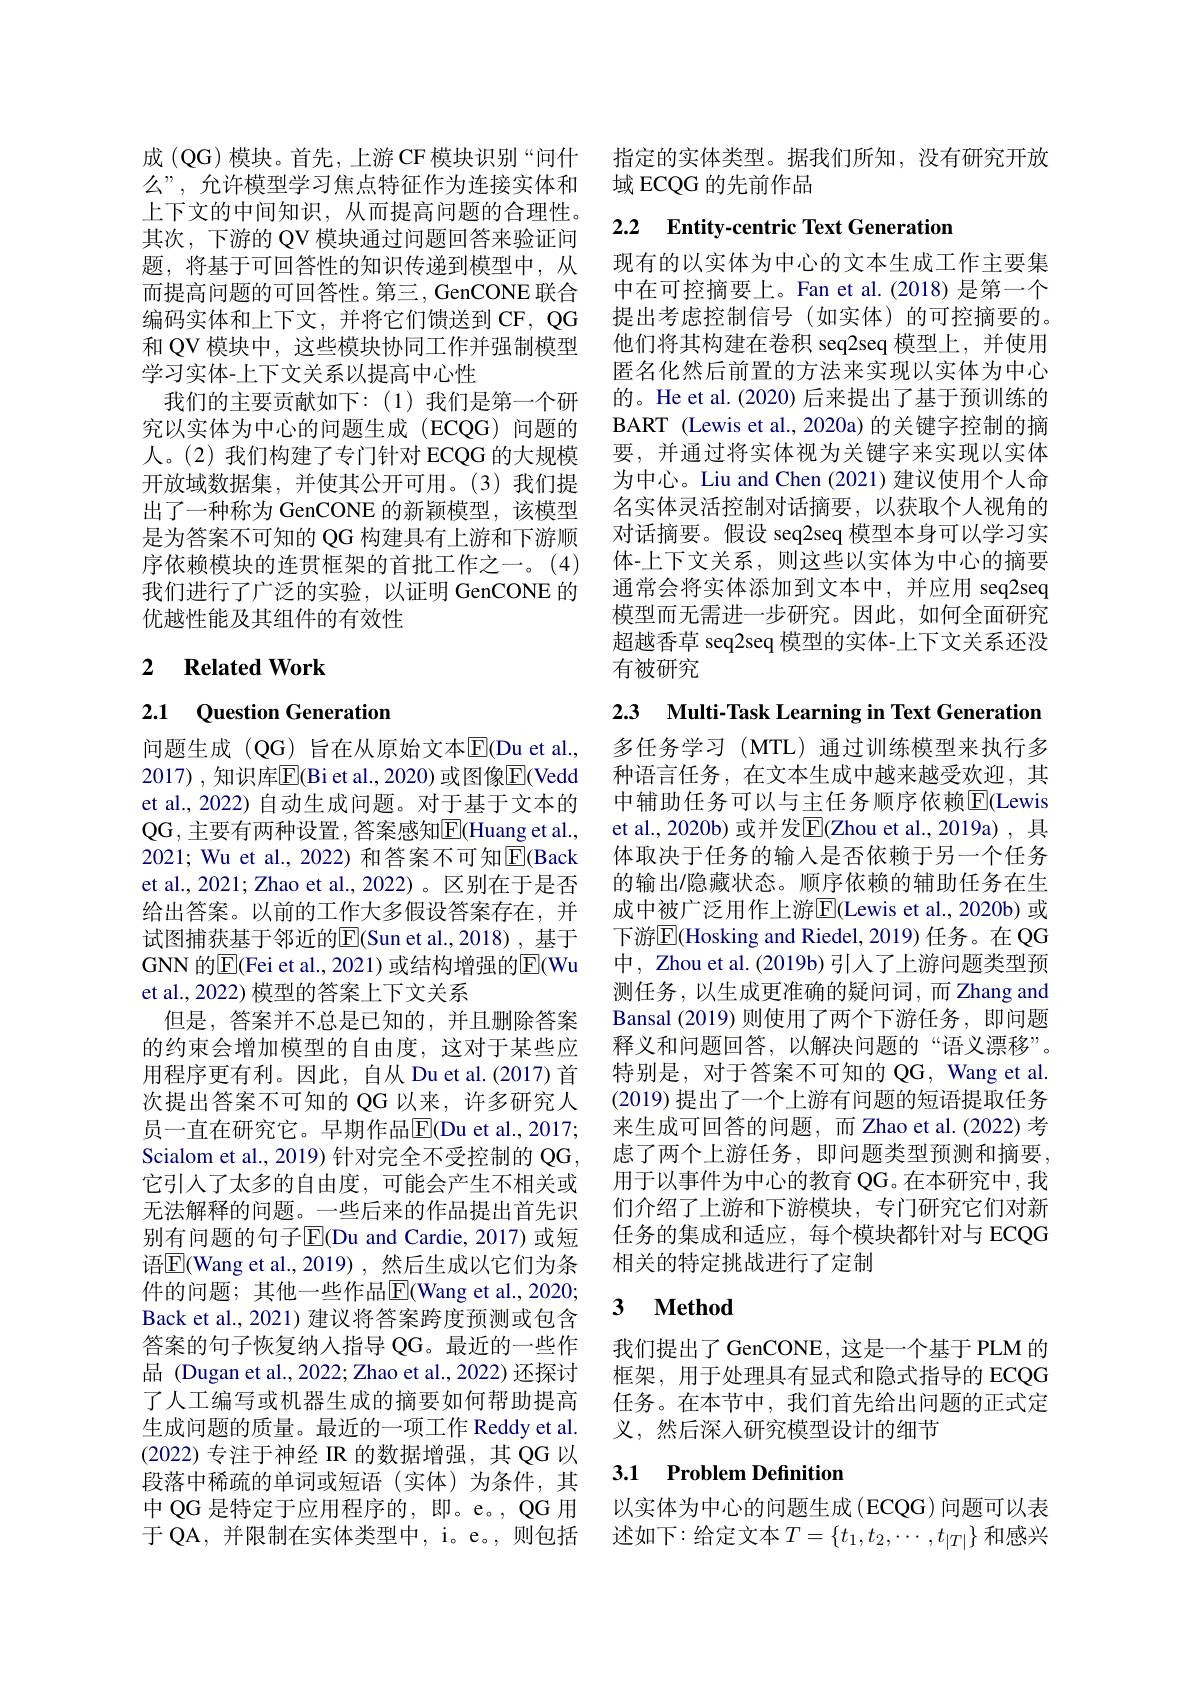
成 (QG) 模块。首先，上游 CF 模块识别“问什么”, 允许模型学习焦点特征作为连接实体和上下文的中间知识，从而提高问题的合理性。其次，下游的 QV 模块通过问题回答来验证问题，将基于可回答性的知识传递到模型中，从而提高问题的可回答性。第三，GenCONE 联合编码实体和上下文，并将它们馈送到 CF, QG 和 QV 模块中，这些模块协同工作并强制模型学习实体-上下文关系以提高中心性
我们的主要贡献如下：(1)我们是第一个研究以实体为中心的问题生成(ECQG)问题的人。(2)我们构建了专门针对 ECQG 的大规模开放域数据集，并使其公开可用。(3)我们提出了一种称为 GenCONE 的新颖模型，该模型是为答案不可知的 QG 构建具有上游和下游顺序依赖模块的连贯框架的首批工作之一。(4) 我们进行了广泛的实验，以证明 GenCONE 的优越性能及其组件的有效性

## 2 Related Work

2.1 Question Generation

问题生成 (QG) 旨在从原始文本$\overline{\mathrm{E}}($Du et al., 2017),知识库$\overline{\mathrm{E}}($Bi et al., 2020)或图像$\overline{\mathrm{E}}($Vedd et al., 2022) 自动生成问题。对于基于文本的QG, 主 要 有 两 种 设 置 , 答案感知$\overline{\mathrm{E}}($Huang et al., 2021; Wu et al., 2022) 和答案不可知$\overline{\mathrm{E}}($Back et al., 2021; Zhao et al., 2022)。区别在于是否给出答案。以前的工作大多假设答案存在，并试图捕获基于邻近的$\overline{\mathrm{E}}($Sun et al.,2018), 基于GNN 的$\boxed{\mathrm{E}}($Fei et al., 2021) 或结构增强的$\boxed{\mathrm{E}}($Wu et al., 2022) 模型的答案上下文关系
但是，答案并不总是已知的，并且删除答案的约束会增加模型的自由度，这对于某些应用程序更有利。因此，自从 Du et al.(2017) 首次提出答案不可知的 QG 以来，许多研究人员一直在研究它。早期作品$\overline{\mathrm{E}}($Du et al.,2017; Scialom et al., 2019) 针对完全不受控制的 QG, 它引入了太多的自由度，可能会产生不相关或无法解释的问题。一些后来的作品提出首先识别有问题的句子$\overline{\mathrm{E}}($Du and Cardie,2017)或短语$\boxed{\mathrm{E}}($Wang et al.,2019),然后生成以它们为条件的问题；其他一些作品$\overline{\mathrm{E}}($Wang et al.,2020; Back et al., 2021) 建议将答案跨度预测或包含答案的句子恢复纳入指导 QG。最近的一些作品 (Dugan et al., 2022; Zhao et al., 2022) 还探讨了人工编写或机器生成的摘要如何帮助提高生成问题的质量。最近的一项工作 Reddy et al. (2022)专注于神经 IR 的数据增强，其 QG 以段落中稀疏的单词或短语(实体)为条件，其中 QG 是特定于应用程序的，即。e。, QG 用于 QA, 并限制在实体类型中，i。e。,则包括

指定的实体类型。据我们所知，没有研究开放
域 ECQG 的先前作品

## 2.2 Entity-centric Text Generation

现有的以实体为中心的文本生成工作主要集中在可控摘要上。Fan et al.(2018) 是第一个提出考虑控制信号(如实体)的可控摘要的。他们将其构建在卷积 seq2seq 模型上，并使用匿名化然后前置的方法来实现以实体为中心的。He et al. (2020) 后来提出了基于预训练的BART (Lewis et al., 2020a) 的关键字控制的摘要，并通过将实体视为关键字来实现以实体为中心。Liu and Chen (2021)建议使用个人命名实体灵活控制对话摘要，以获取个人视角的对话摘要。假设 seq2seq 模型本身可以学习实体-上下文关系，则这些以实体为中心的摘要通常会将实体添加到文本中，并应用 seq2seq 模型而无需进一步研究。因此，如何全面研究超越香草 seq2seq 模型的实体-上下文关系还没有被研究

2.3 Multi-Task Learning in Text Generation

多任务学习(MTL)通过训练模型来执行多种语言任务，在文本生成中越来越受欢迎，其中辅助任务可以与主任务顺序依赖$\overline{\mathrm{E}}$(Lewis et al., 2020b) 或并发$\overline{\mathrm{E}}($Zhou et al., 2019a), 具体取决于任务的输入是否依赖于另一个任务的输出/隐藏状态。顺序依赖的辅助任务在生成中被广泛用作上游E|(Lewis et al., 2020b) 或下游$\overline{\mathbb{E}}($Hosking and Riedel, 2019) 任务。在 QG 中，Zhou et al. (2019b) 引入了上游问题类型预测任务，以生成更准确的疑问词，而 Zhang and Bansal (2019) 则使用了两个下游任务，即问题释义和问题回答，以解决问题的“语义漂移”。特别是，对于答案不可知的 QG, Wang et al. (2019)提出了一个上游有问题的短语提取任务来生成可回答的问题，而 Zhao et al.(2022) 考虑了两个上游任务，即问题类型预测和摘要， 用于以事件为中心的教育 QG。在本研究中，我们介绍了上游和下游模块，专门研究它们对新任务的集成和适应，每个模块都针对与 ECQG 相关的特定挑战进行了定制

### $\textbf{3}$ $\textbf{Method}$

我们提出了 GenCONE, 这是一个基于 PLM 的框架，用于处理具有显式和隐式指导的 ECQG 任务。在本节中，我们首先给出问题的正式定义，然后深入研究模型设计的细节

## 3.1 Problem Definitior

以实体为中心的问题生成(ECQG)问题可以表述如下：给定文本$T=\{t_1,t_2,\cdots,t_{|T|}\}$和感兴